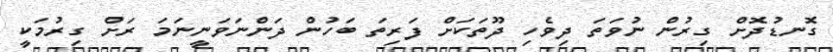
ގޮނޑުދޮށް ގިރުން ނުވަތަ ދިވެހި ދޫތަކަށް ފަރިތަ ބަހުން ދަންނަވަނީނަމަ ރަށް ގިރުމަކީ